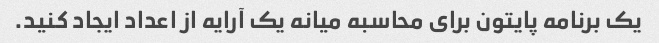
یک برنامه پایتون برای محاسبه میانه یک آرایه از اعداد ایجاد کنید.